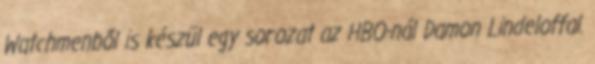
Watchmenből is készül egy sorozat az HBO-nál Damon Lindeloffal.